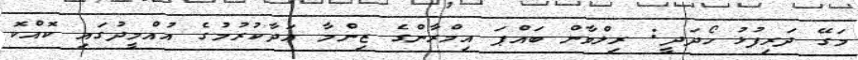
މަގޭ ދަރިފުޅު ހޯދަދީ: ރިލްވާން ބައްޕަ އިމްރާންގެ ޒިންމާ އަދާކުރުމުގެ އުއްމީދުގައި ކޮއްކޮ